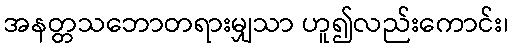
အနတ္တသဘောတရားမျှသာ ဟူ၍လည်းကောင်း၊